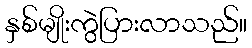
နှစ်မျိုးကွဲပြားလာသည်။